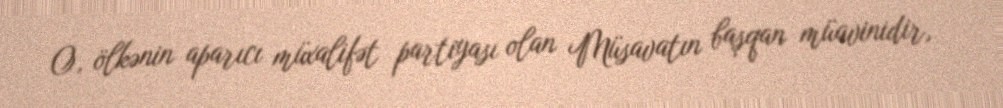
O, ölkənin aparıcı müxalifət partiyası olan Müsavatın başqan müavinidir,